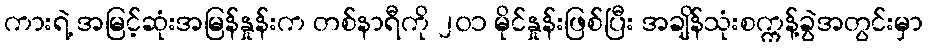
ကားရဲ့ အမြင့်ဆုံးအမြန်နှုန်းက တစ်နာရီကို ၂၀၁ မိုင်နှုန်းဖြစ်ပြီး အချိန်သုံးစက္ကန့်ခွဲအတွင်းမှာ